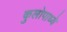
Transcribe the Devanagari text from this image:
कुलोपाध्ये